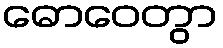
ဓောဝေတွာ